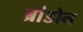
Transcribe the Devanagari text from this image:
ब्रांडोन